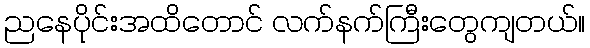
ညနေပိုင်းအထိတောင် လက်နက်ကြီးတွေကျတယ်။